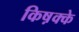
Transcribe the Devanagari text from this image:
किष़क्के